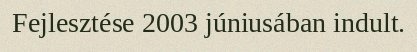
Fejlesztése 2003 júniusában indult.